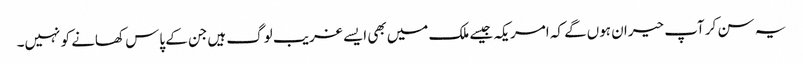
یہ سن کر آپ حیران ہوں‌گے کہ امریکہ جیسے ملک میں‌بھی ایسے غریب لوگ ہیں‌جن کے پاس کھانے کو نہیں۔